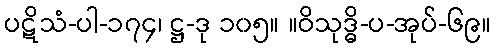
ပဋိသံ-ပါ-၁၇၄၊ ဋ္ဌ-ဒု ၁၀၅။ ။ဝိသုဒ္ဓိ-ပ-အုပ်-၆၉။